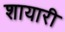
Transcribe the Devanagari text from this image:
शायारी